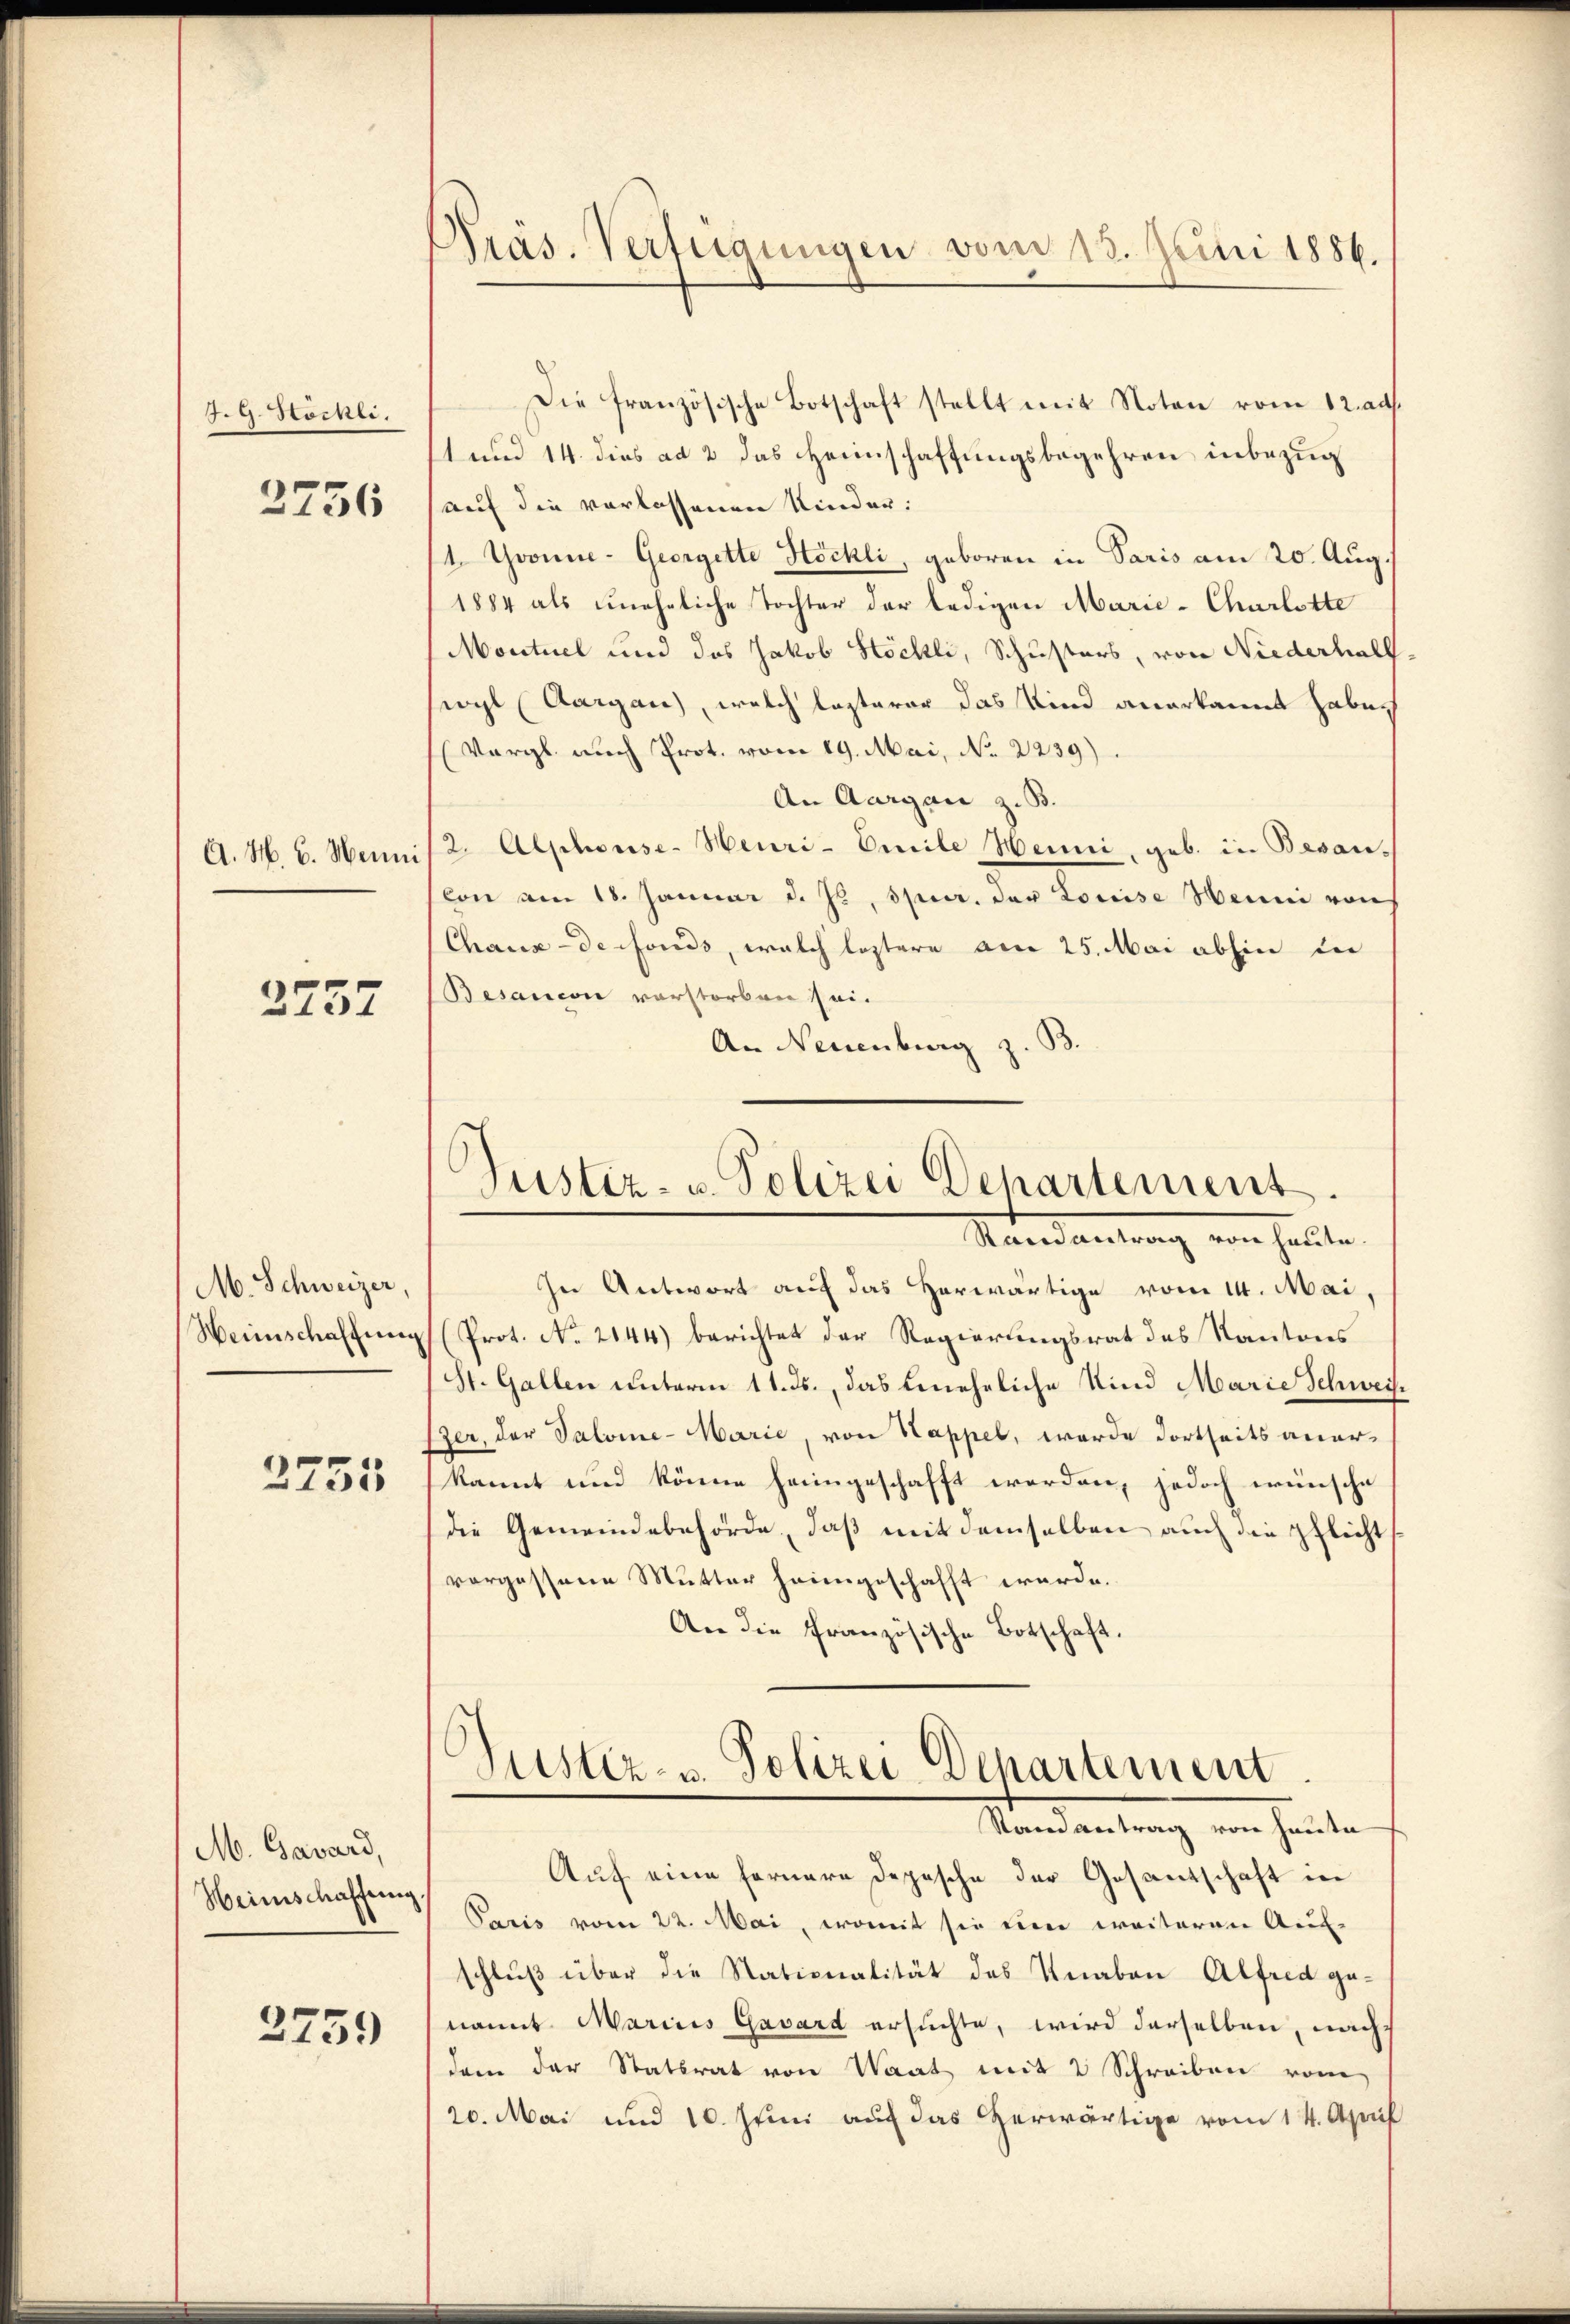
J.G. Höchli

2756

A. M. B. Weini

2757

M. Schweizer,

2751

M. Gaward,
Heimschaffung

2759

Präs. Verfügungen vom 13. Juni 1886.

Die französische Botschaft stellt mit Noten vom 12. ad.
1 und 14. dies ad 2 das Heimschaffungsbegehren inbezug
auf die verlassenen Kinder:
1. Yvonne-Georgette Höchli, geboren in Paris am 20. Aug.
1884 als uneheliche Tochter der ledigen Marie-Charlotte
Montuel und das Jakob Höchli, Schusters, von Niederhall-
swyl (Aargau), welch lezterer das Kind anerkannt haben
(Vergl. auch Prot. vom 19. Mai, No 2239)
An Aargau z. B.
2. Alshouse-Heuri-Omile Weini, geb. in Besan-
lon am 18. Januar d. Js. speer. der Louise Meine von
Chaux-de-Fonds, welch leztere am 25. Mai abhin die
Besandon vorstorben sei.
An Neuenburg z. B.

6
Justiz- u. Polizei Departement.
Mandantrag von heute,

In Antwort auf das Herwärtige vom 14. Mai,
Weinschaffung (Prot. No. 2144) berichtet der Regierungsrat des Kantons
St. Gallen unterm 11. ds., das uneheliche Kind Marie Schweiszer, der Salome- Marie, von Kappel, werde dortseits anerkannt und könne heimgeschafft werden, jedoch wünsche
die Gemeindebehörde, daß mit demselben auch die pflicht
vorgessene Mutter heimgeschafft werde.
An die französische Botschaft.

Justiz- u. Polizei-Departement
Stand antrag von heute

Auf eine fernere Depesche der Gesantschaft in
Paris vom 22. Mai, womit sie eine weiteren Auf-
schluß über die Stationalität des Knaben Alfred genannt Marius Gasart ersuchte, wird derselben, nachdem der Statsrat von Waat mit 2 Schreiben vom
20. Mai und 10. Juni auf das Herwärtige vom 14. April